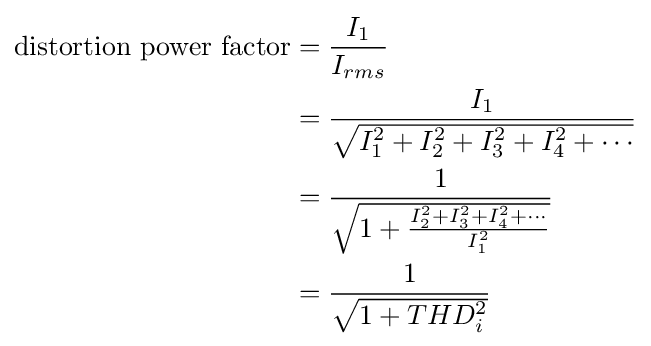
{\begin{aligned}{\mbox{distortion power factor}}&={\frac {I_{1}}{I_{rms}}}\\&={\frac {I_{1}}{\sqrt {I_{1}^{2}+I_{2}^{2}+I_{3}^{2}+I_{4}^{2}+\cdots }}}\\&={\frac {1}{\sqrt {1+{\frac {I_{2}^{2}+I_{3}^{2}+I_{4}^{2}+\cdots }{I_{1}^{2}}}}}}\\&={\frac {1}{\sqrt {1+THD_{i}^{2}}}}\\\end{aligned}}